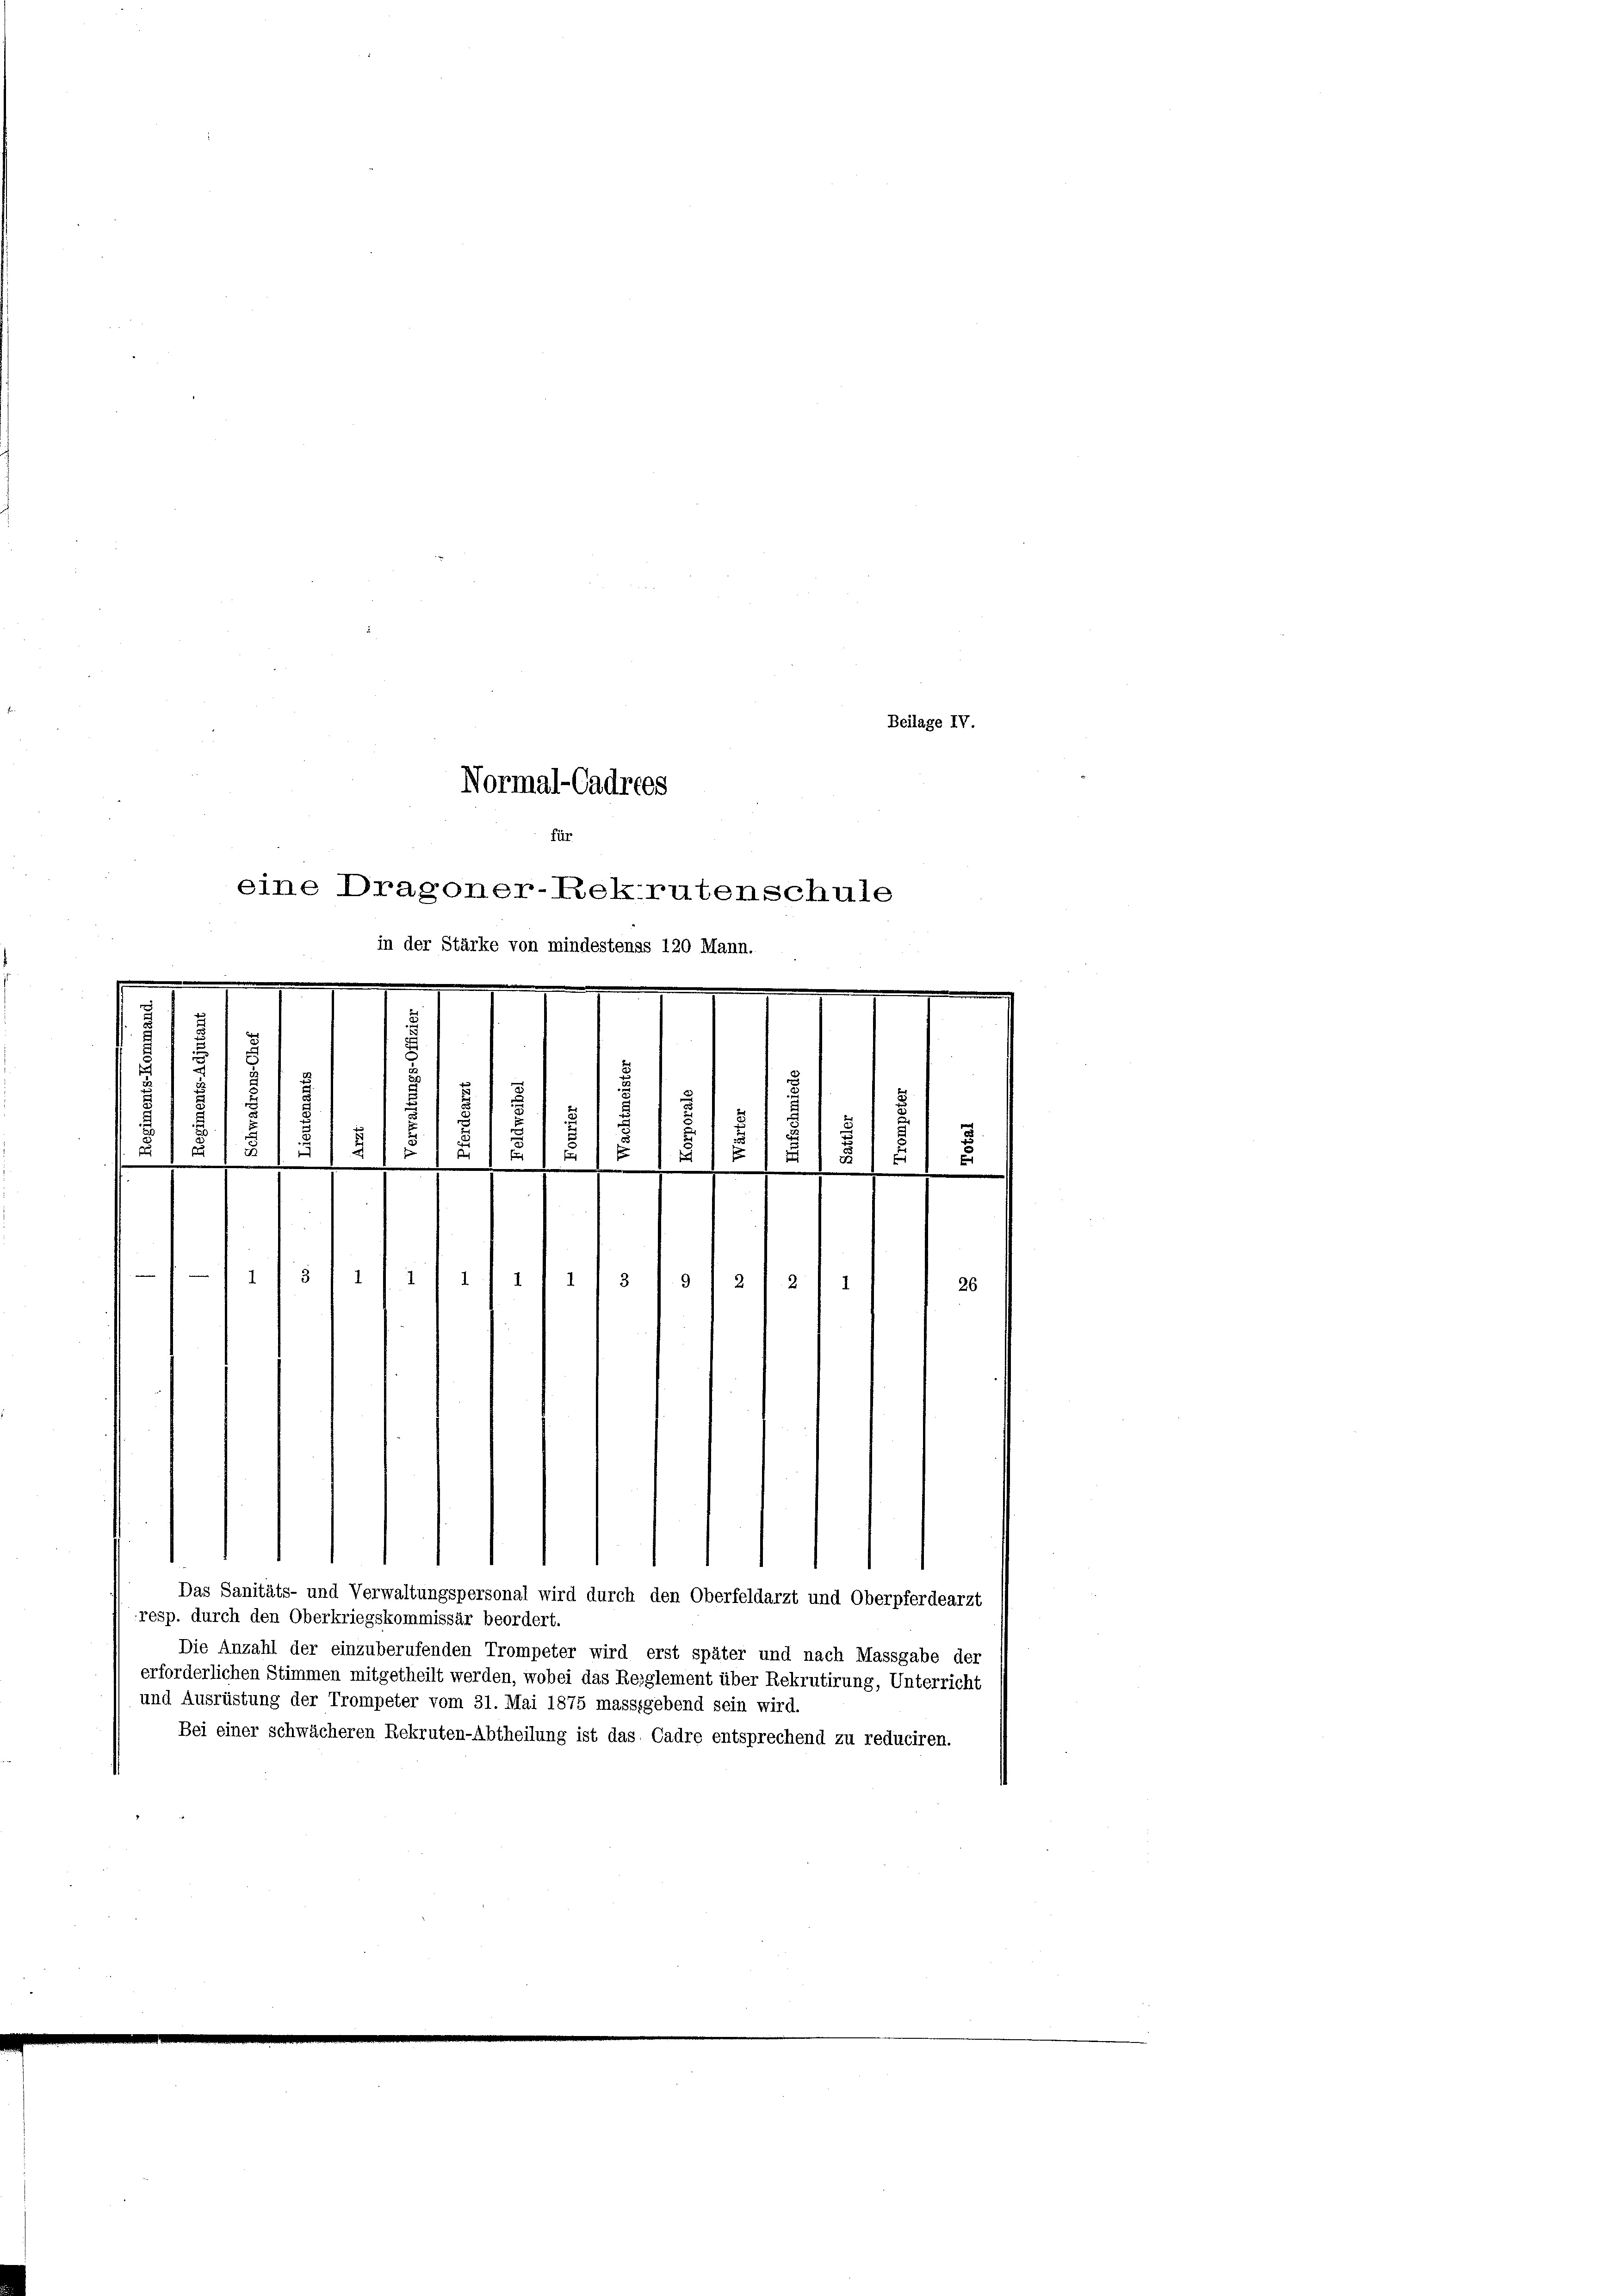
Normal-Cadrees
für
eine Dragoner-Rekrutenschule
in der Stärke von mindestenss 120 Mann.

Beilage IV.
2
.
E
i
s
A
i
f
1
2

.
4
¬
1
2
.
x
.
3
1
1
1/ 1
1
3/9 1 2
2
26

Das Sanitäts- und Verwaltungspersonal wird durch den Oberfeldarzt und Oberpferdearzt
resp. durch den Oberkriegskommissär beordert.
Die Anzahl der einzuberufenden Trompeter wird erst später und nach Massgabe der
erforderlichen Stimmen mitgetheilt werden, wobei das Reglement über Rekrutirung, Unterricht
und Ausrüstung der Trompeter vom 31. Mai 1875 masssgebend sein wird.
Bei einer schwächeren Rekruten-Abtheilung ist das Cadre entsprechend zu reduciren.